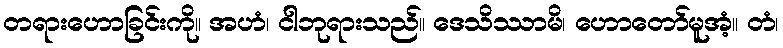
တရားဟောခြင်းကို။ အဟံ၊ ငါဘုရားသည်။ ဒေသိဿာမိ၊ ဟောတော်မူအံ့။ တံ၊